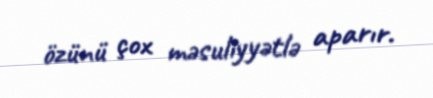
özünü çox məsuliyyətlə aparır.